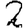
Digit: 2